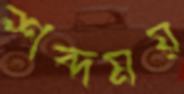
শব্দময়